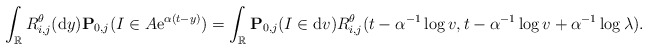
\begin{align*}\int_{\mathbb{R}}R^{\theta}_{i,j}({\rm d}y)\mathbf{P}_{0,j}(I \in A{\rm e}^{\alpha(t-y)})=\int_{\mathbb{R}}\mathbf{P}_{0,j}(I\in {\rm d}v)R^\theta_{i,j}(t - \alpha^{-1}\log v, t-\alpha^{-1}\log v + \alpha^{-1}\log \lambda).\end{align*}